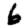
Digit: 6